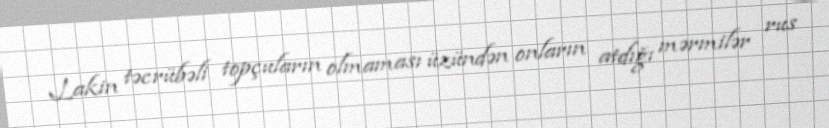
Lakin təcrübəli topçuların olmaması üzündən onların atdığı mərmilər rus